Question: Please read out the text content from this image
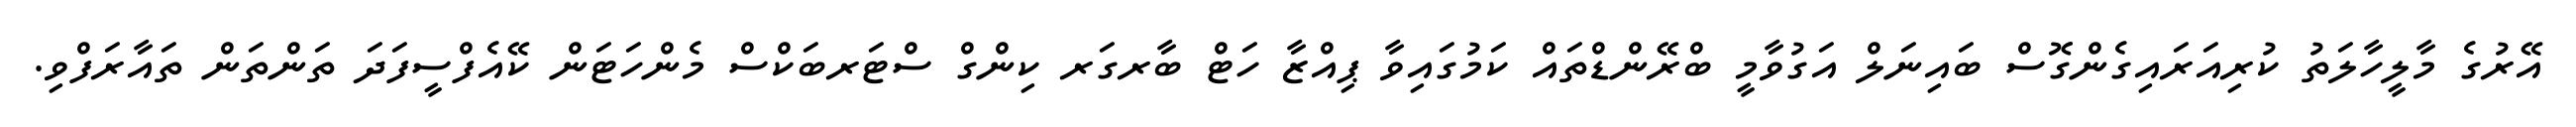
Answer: އޭރުގެ މާލީހާލަތު ކުރިއަރައިގެންގޮސް ބައިނަލް އަގުވާމީ ބްރޭންޑްތައް ކަމުގައިވާ ޕިއްޒާ ހަޓް ބާރގަރ ކިންގް ސްޓަރބަކްސް މެންހަޓަން ކޭއެފްސީފަދަ ތަންތަން ތައާރަފްވި.